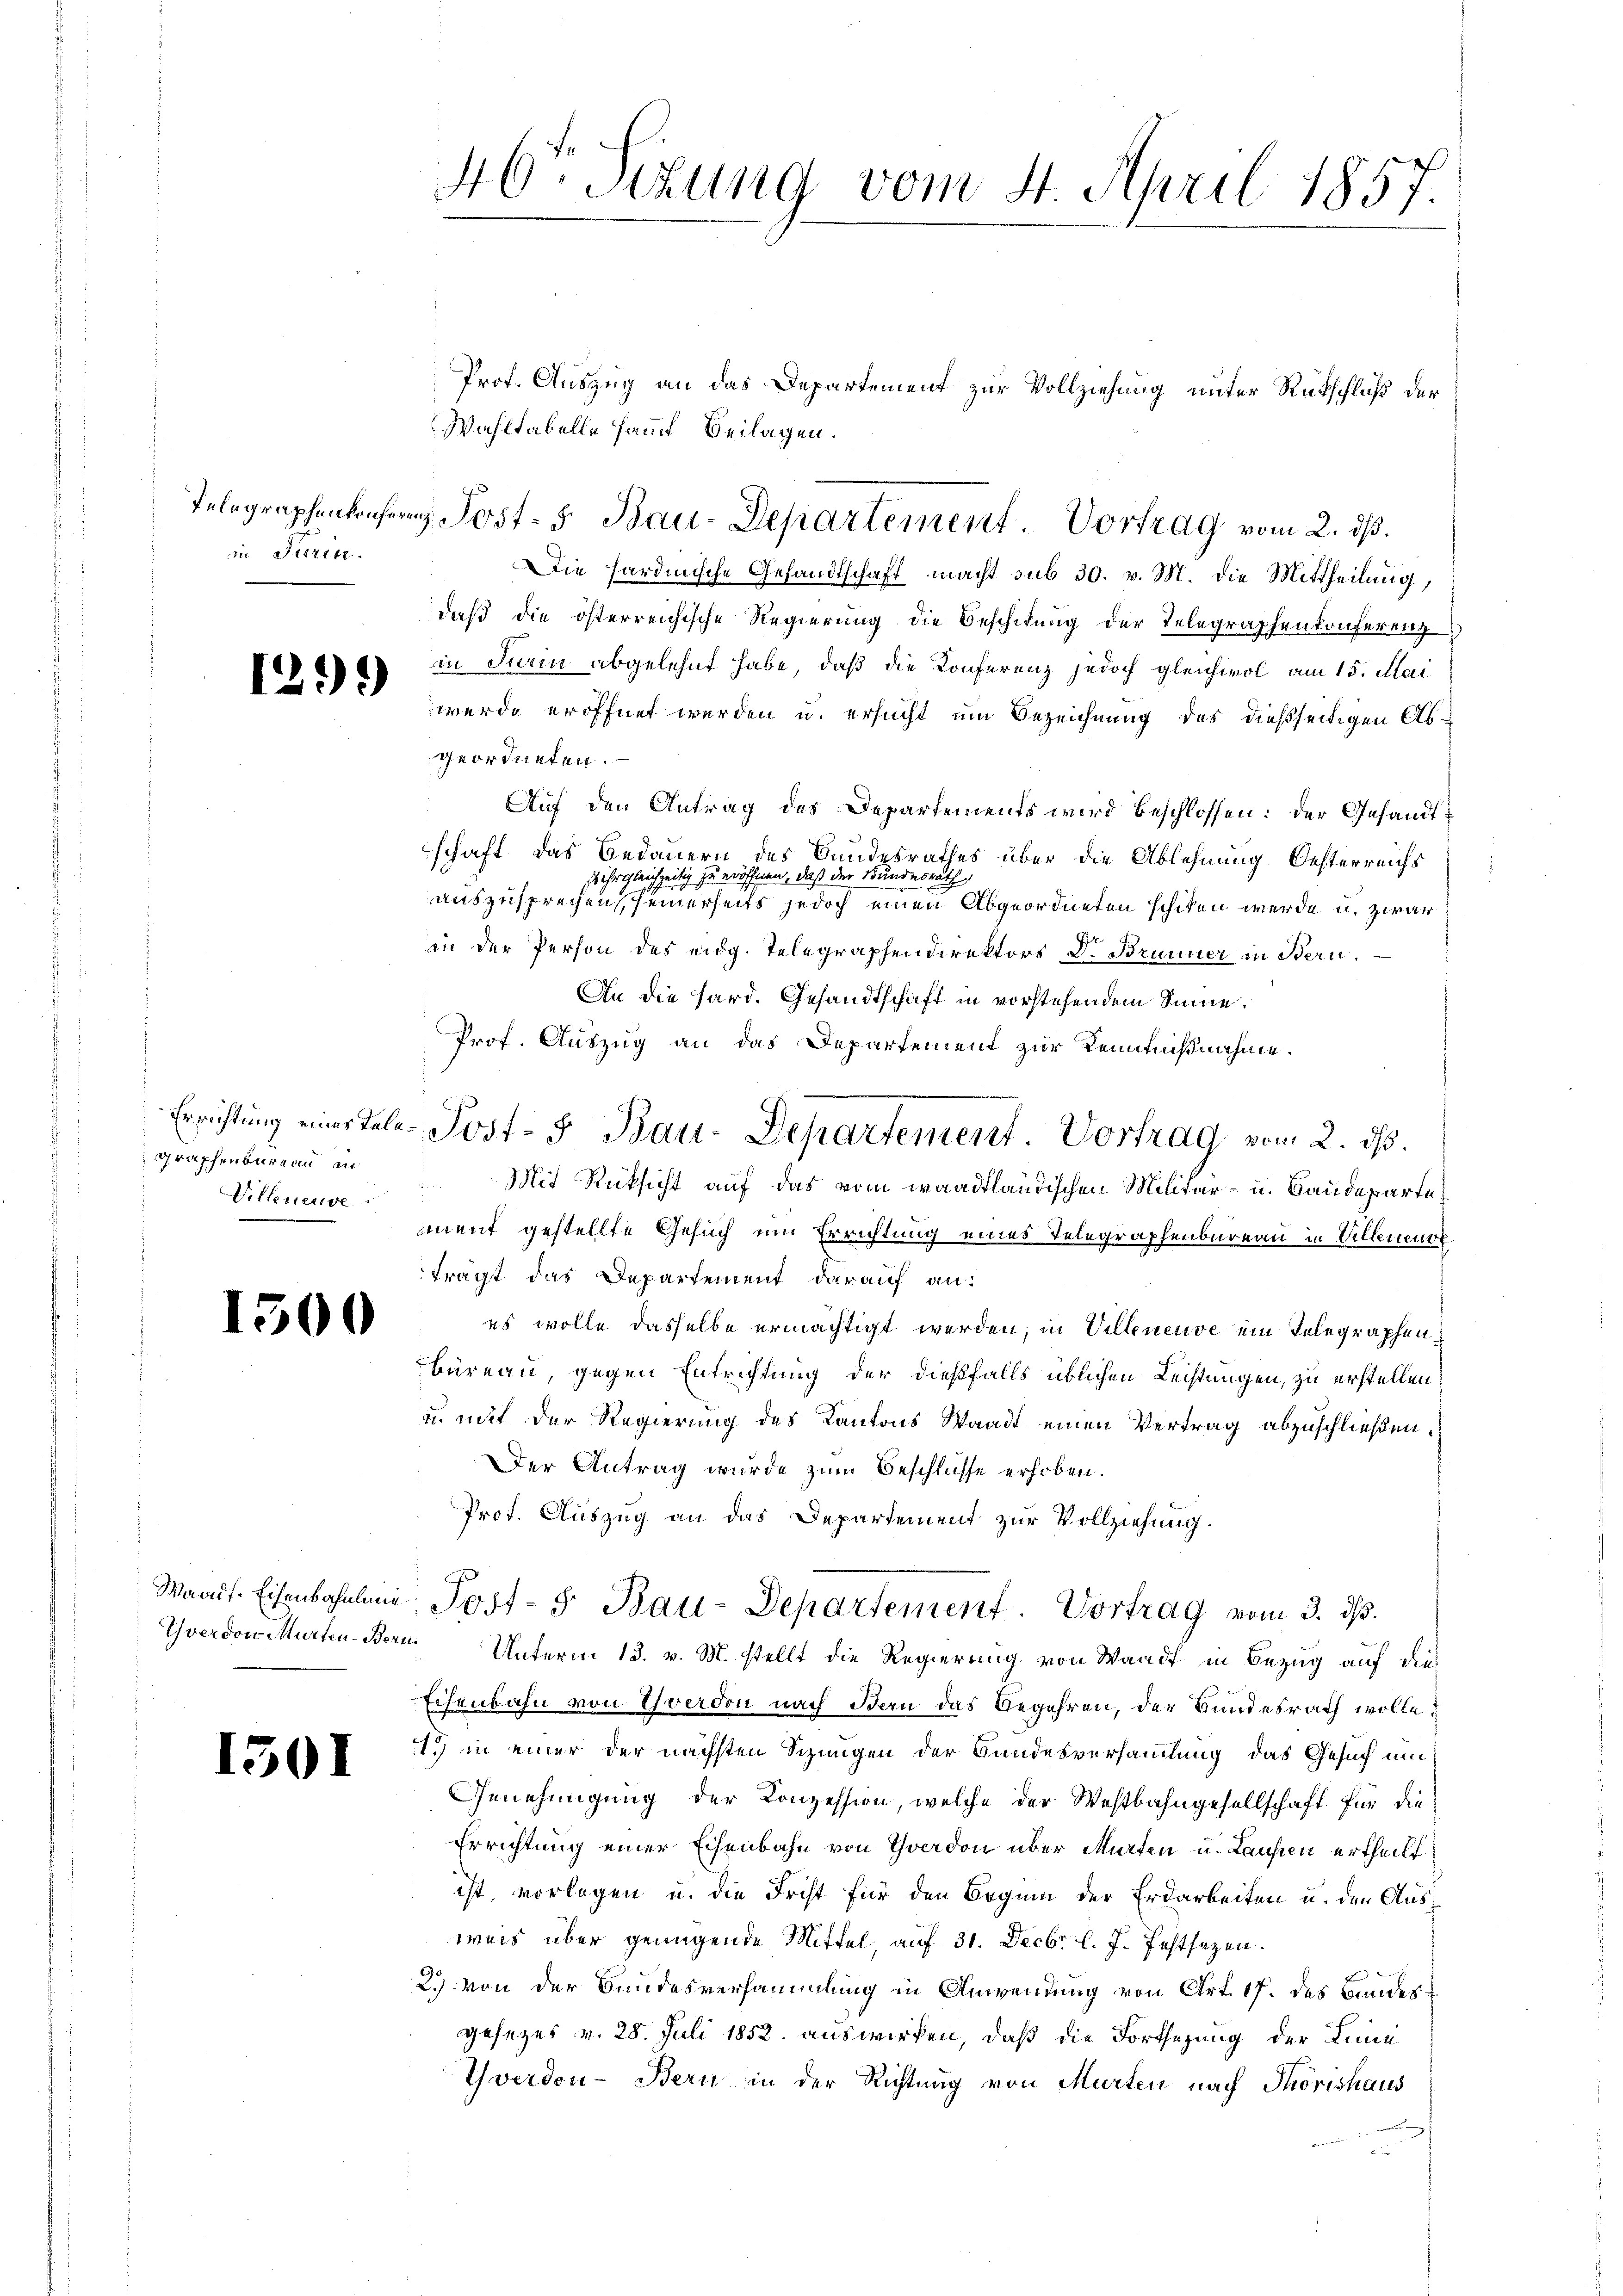
1171 ff.

1299)

graphenbureau in
Villeneuve

1500

1501

Yverdon Murten-Beri

Prof. Auszug an das Departement zur Vollziehung unter Rütschluß der
Wahltabelle sammt Beilagen.
Die hardinische Gesandtschaft macht sub 30. v. M. die Mittheilung,
daß die österreichische Regierung die Beschikung der Telegraphenkonferenz
in Turin abgelehnt habe, daß die Konferenz jedoch gleichwol am 15. Mai
werde eröffnet werden u. ersucht um Bezeichnung des dießseitigen Abgeordneten.
Auf den Antrag des Departements wird beschlossen: der Gesandtschaft, das Bedauern des Bundesrathes über die Ablehnung. Oesterreichs
s ihr gleichzeitig zu eröffnen, daß der Bundesrath
auszusprechen, seinerseits jedoch einen Abgeordneten schiken werde u. zwar
in der Person des eidg. Telegraphendirektors Dr. Brunner in Bern.
An die Sard. Gesandtschaft in vorstehendem Sinne.
Prof. Auszug an das Departement zur Kenntnißnahme.
Mit Rücksicht auf das vom waadtländischen Militär- u. Baudepartement gestellte Gesuch um Errichtung eines Telegraphenbureau in Villeneure
frägt das Departement darauf an:
es wolle dasselbe ermächtigt werden, in Villeneuve ein Telegraphen,
büreau, gegen Entrichtung der dießfalls üblichen Leistungen, zu erstellen
zu mit der Regierung des Kantons Staadt einen Vertrag abzuschließen.
Der Antrag wurde zum Beschlüsse erhoben.
Prot. Auszug an das Departement zur Vollziehung.
Waadt. Eisenbahnlung Post- 5. Bau-Departement. Vortrag vom 3. d.
Unterm 13. v. M. stellt die Regierung von Waadt in Bezug auf dies
Eisenbahn von Yverdon nach Bern das Begehren, der Bundesrath wolle
1.) in einer der nächsten Sizungen der Bundesversammlung das Gesuch um
Genehmigung der Konzession, welche der Westbahngesellschaft für die
Errichtung einer Eisenbahn von Yverdon über Marten u. Laufen ertheilt
ist, vorlegen u. die Frist für den Boguin der Erdarbeiten u. den Ausweis über genügende Mittel, auf 31. Decbr. l. J. Festsezen.
2.) Von der Bundesversammlung in Anwendung von Art. 17. des Bundesgesezes v. 28. Juli 1852. auswirken, daß die Fortsezung der Linie
Yverdon- Bern in der Richtung von Murten nach Thorishaus

46ten Sizung vom 4. April 1857.

Telegraphenkonfern Post- & Bau-Departement. Vortrag vom 2. ds.

Errichtung einer tele Post- & Bau-Departement. Vortrag vom 2. ds.